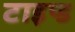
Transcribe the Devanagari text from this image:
टाइप्ड